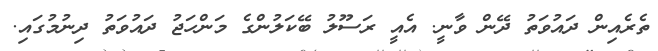
ތެރެއިން ދައުވަތު ދޭން ވާނީ. އެއީ ރަސޫލު ބޭކަލުންގެ މަންހަޖު ދައުވަތު ދިނުމުގައި.